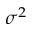
\sigma ^ { 2 }